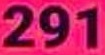
291